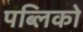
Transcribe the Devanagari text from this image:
पब्लिको